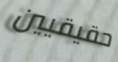
حقيقيين